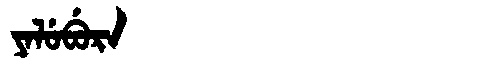
Manchu: ᠶᠠᠯᡠᠪᡠᡵᠠ
Romanization: YALUBURA